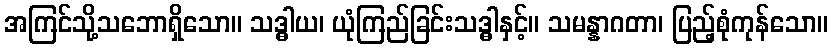
အကြင်သို့သဘောရှိသော။ သဒ္ဓါယ၊ ယုံကြည်ခြင်းသဒ္ဓါနှင့်။ သမန္နာဂတာ၊ ပြည့်စုံကုန်သော။